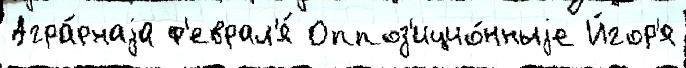
Агра́рнаjа ф'еврал'я́ Оппоз'ицио́нныjе И́гор'я